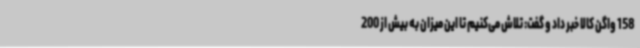
158 واگن کالا خبر داد و گفت: تلاش می‌کنیم تا این میزان به بیش از 200